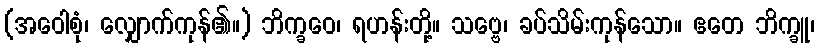
(အဝေါစုံ၊ လျှောက်ကုန်၏။) ဘိက္ခဝေ၊ ရဟန်းတို့။ သဗ္ဗေ၊ ခပ်သိမ်းကုန်သော။ ဧတေ ဘိက္ခူ၊